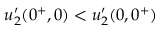
u _ { 2 } ^ { \prime } ( 0 ^ { + } , 0 ) < u _ { 2 } ^ { \prime } ( 0 , 0 ^ { + } )